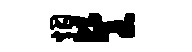
烟餐